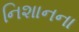
નિશાનના